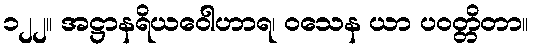
၁၂၂။ အဋ္ဌာနရိယဝေါဟာရ၊ ဝသေန ယာ ပဝတ္တိတာ။